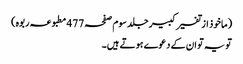
(ماخوذ از تفسیر کبیر جلد سوم صفحہ 477 مطبوعہ ربوہ)
تو یہ تو ان کے دعوے ہوتے ہیں۔